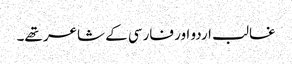
غالب اردو اور فارسی کے شاعر تھے۔